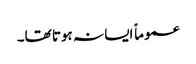
عموماً ایسا نہ ہوتا تھا۔